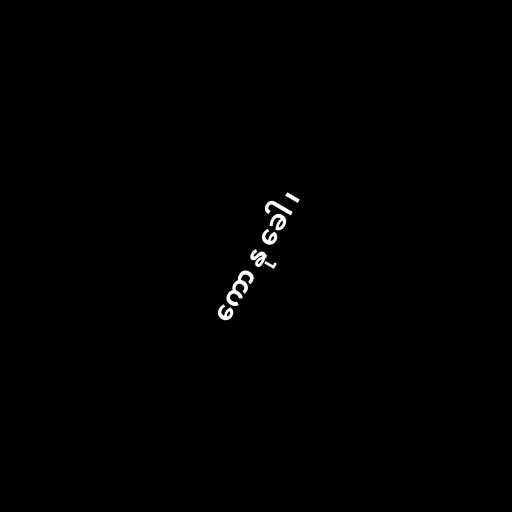
ကော နု ခေါ ၊